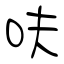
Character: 呋